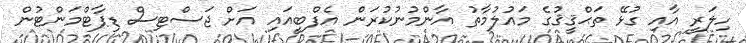
ހިލަރީ އާއި ގުޅޭ ތަޙްޤީޤުގެ މައުލުމާތު އާންމުނުކުރަން އެފްބީއައި އަށް ޖަސްޓިސް ޑިޕާޓްމަންޓުން